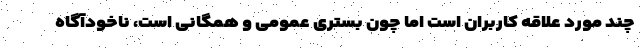
چند مورد علاقه کاربران است اما چون بستری عمومی و همگانی است، ناخودآگاه